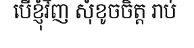
បើខ្ញុំវិញ សុំខូចចិត្ត រាប់